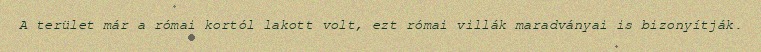
A terület már a római kortól lakott volt, ezt római villák maradványai is bizonyítják.